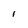
Character: 1